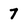
Character: 7